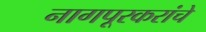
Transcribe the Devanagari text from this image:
नागपूरकरांचे